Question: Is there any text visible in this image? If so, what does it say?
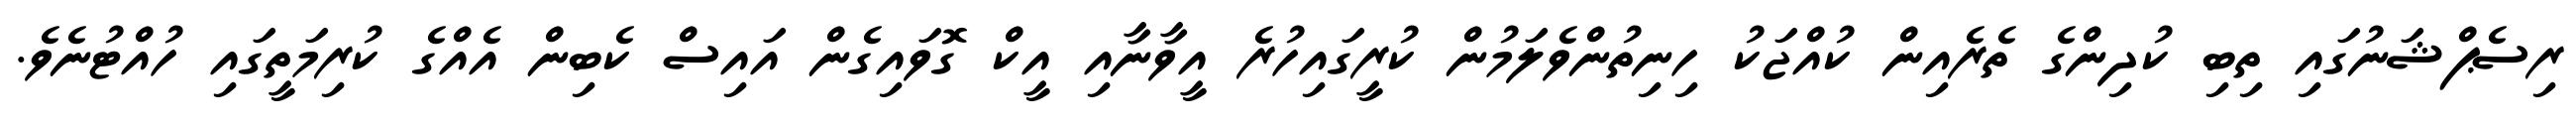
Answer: ރިސެޕްޝަނުގައި ތިބި ކުދިންގެ ތެރެއިން ކުއްޖަކު ހިނިތުންވެލަމުން ކުރީގައިހުރެ އީވާނާއި އީކް ގޮވައިގެން އައިސް ކެބިން އެއްގެ ކުރިމަތީގައި ހުއްޓުނެވެ.